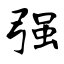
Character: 强